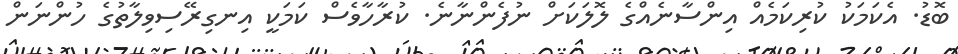
ބޮޑު. އެކަމަކު ކުރިކަމެއް އިންސާނެއްގެ ލޮލަކަށް ނުފެންނާނެ. ކުރާހާވެސް ކަމަކީ އިނގިރޭސިވިލާތުގެ ހުންނަން